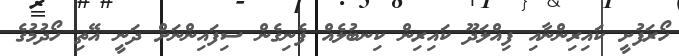
ހޯރަފުށީ ކައިރިންނާއި ފިއްލަދޫ ކައިރިން ކިނބުލެއް ފެނިގެން ސިފައިންނަށް ދަނީ އޭތި ހޯދުމުގެ